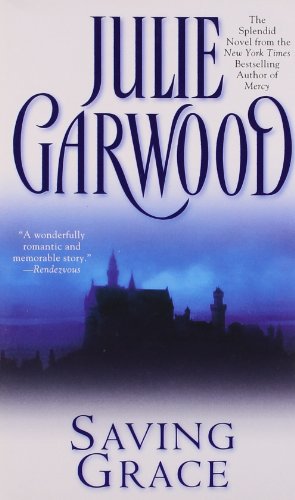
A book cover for Saving Grace; Julie Garwood; Romance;